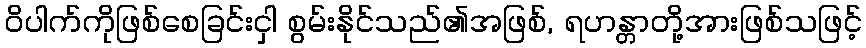
ဝိပါက်ကိုဖြစ်စေခြင်းငှါ စွမ်းနိုင်သည်၏အဖြစ်, ရဟန္တာတို့အားဖြစ်သဖြင့်